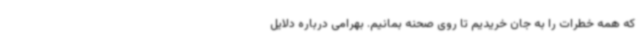
که همه خطرات را به جان خریدیم تا روی صحنه بمانیم. بهرامی درباره دلایل